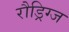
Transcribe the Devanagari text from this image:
रौड्रिग्ज